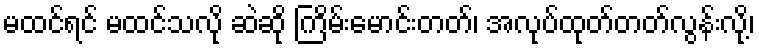
မထင်ရင် မထင်သလို ဆဲဆို ကြိမ်းမောင်းတတ်၊ အလုပ်ထုတ်တတ်လွန်းလို့၊